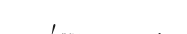
١٤